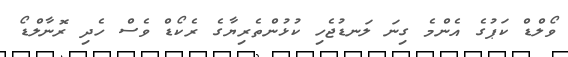
ވޯލްޑް ކަޕުގެ އެންމެ ގިނަ ލަނޑުޖެހި ކުޅުންތެރިޔާގެ ރެކޯޑް ވެސް ހެދި ރޮނާލްޑޯ